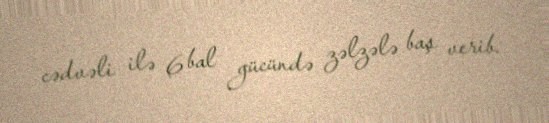
cədvəli ilə 6 bal gücündə zəlzələ baş verib.